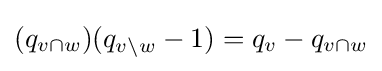
(q_{v\cap w})(q_{v\setminus w}-1)=q_{v}-q_{v\cap w}